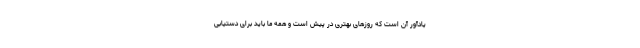
یادآور آن است که روزهای بهتری در پیش است و همه ما باید برای دستیابی